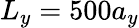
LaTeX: L_{y}=500a_{y}